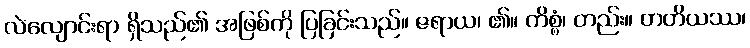
လဲလျောင်းရာ ရှိသည်၏ အဖြစ်ကို ပြခြင်းသည်။ ဇရာယ၊ ၏။ ကိစ္စံ၊ တည်း။ တတိယဿ၊